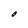
Character: O